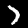
Label: 7